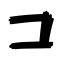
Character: コ